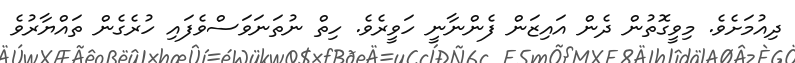
ދިއުމަށެވެ. މިވީގޮތުން ދެން އައިޒަން ފެންނާނީ ހަވީރެވެ. ހިތް ނުތަނަވަސްވެފައި ހުރެގެން ތައްޔާރުވެ